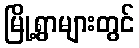
မြို့ရွာများတွင်